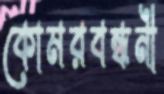
কোমরবন্ধনী